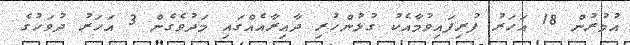
އުމުރުން 18 އަހަރު ފުރިފައިވުމާއެކު ގުޅުންހުރި ދާއިރާއެއްގައި މަދުވެގެން 3 އަހަރު ދުވަހުގެ